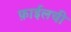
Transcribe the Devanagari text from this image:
फ़ाईलची